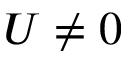
U \neq 0